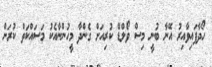
ހޯދާފައިވާއިރު އޭނާ ބުނީ މިސް ވޯލްޑް ކުރިއަށް ގެންދާ މީހުންނާއެކު މަސައްކަތް ކުރަން